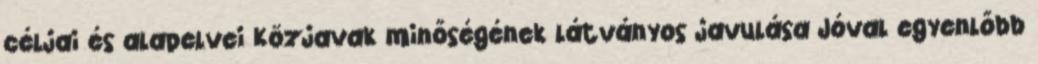
céljai és alapelvei Közjavak minőségének látványos javulása Jóval egyenlőbb